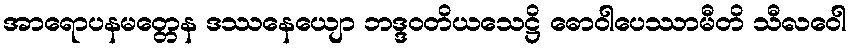
အာရောပနမတ္တေန ဒဿနေယျော ဘဒ္ဒဝတိယသေဋ္ဌိ ဓောဝါပေဿာမီတိ သီလဝေါ